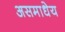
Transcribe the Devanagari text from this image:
असमाधेय